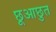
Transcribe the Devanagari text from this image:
छूआछुत